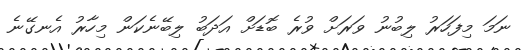
ނަމަ މިފަހަރު ލިބުނު ވަރަށް ވުރެ ބޮޑަށް އަދަބު ލިބޭނެކަން މިހާރު އެނގޭނެ